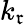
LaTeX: k_{\mathfrak{r}}